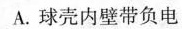
A. 球壳内壁带负电